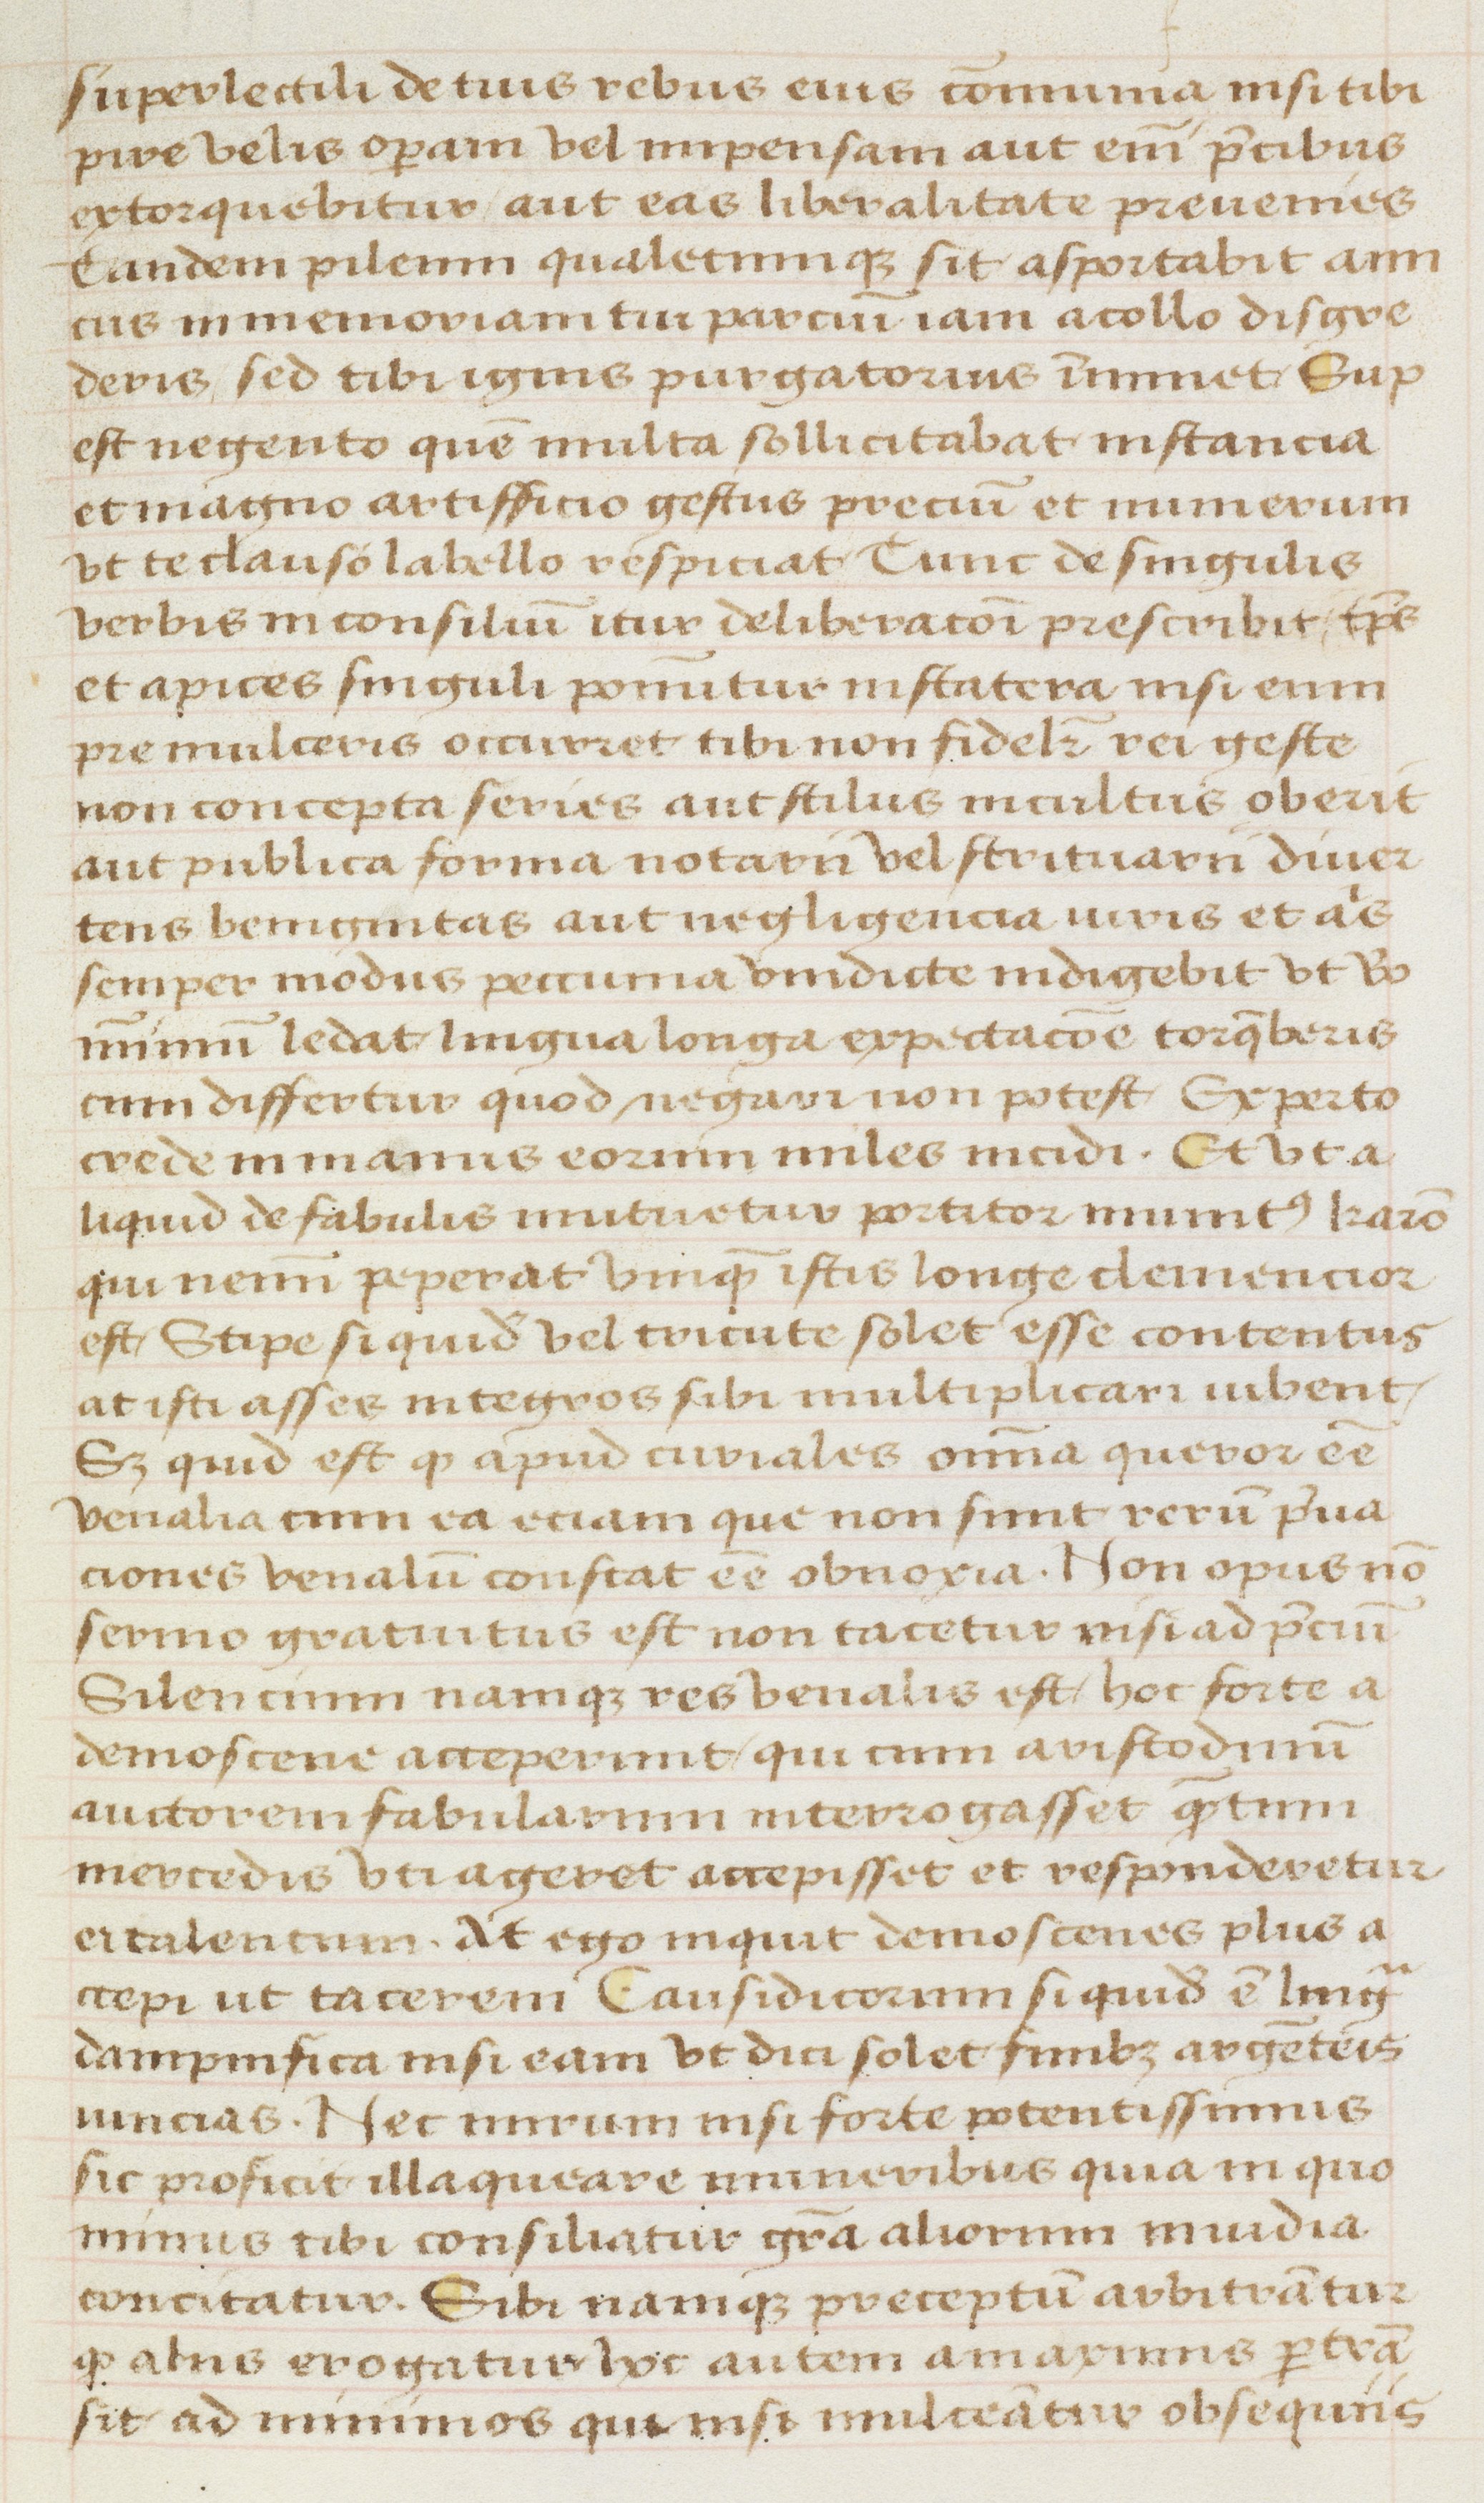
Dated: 1470–1499